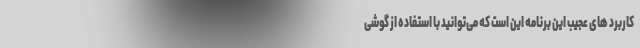
کاربرد های عجیب این برنامه این است که می‌توانید با استفاده از گوشی